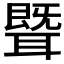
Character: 𬚢